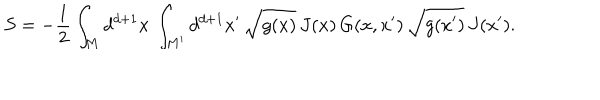
LaTeX: S = - \frac { 1 } { 2 } \int _ { M } d ^ { d + 1 } x \, \int _ { M ^ { \prime } } d ^ { d + 1 } x ^ { \prime } \, \sqrt { g ( x ) } \, J ( x ) \, G ( x , x ^ { \prime } ) \, \sqrt { g ( x ^ { \prime } ) } \, J ( x ^ { \prime } ) .